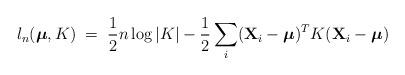
LaTeX: \begin{align*}l_n(\boldsymbol{\mu},K) \;=\; \frac{1}{2} n\log |K| - \frac{1}{2}\sum_i({\bf X}_i - \boldsymbol{\mu})^T K ({\bf X}_i - \boldsymbol{\mu})\end{align*}